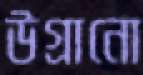
উগ্‌রানো